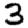
Digit: 3